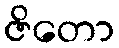
ဇိတော